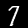
Digit: 7